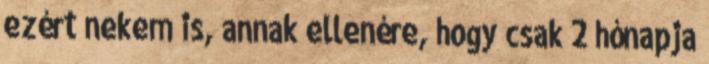
ezért nekem is, annak ellenére, hogy csak 2 hónapja